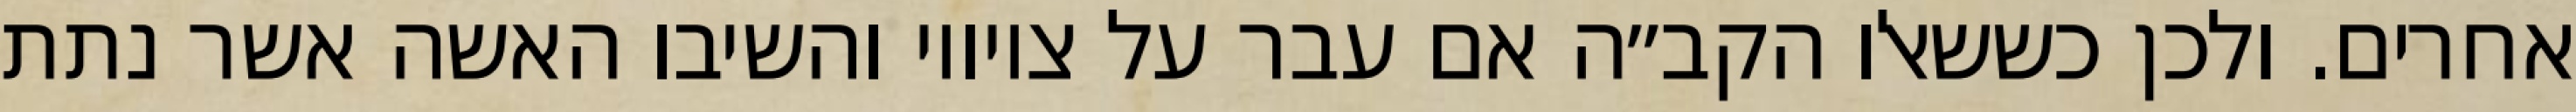
אחרים. ולכן כששאלו הקב״ה אם עבר על ציוויו והשיבו האשה אשר נתת